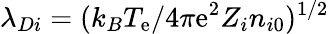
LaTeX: \lambda_{Di}=(k_{B}T_{\mathrm{e}}/4\pi\mathrm{e}^{2}Z_{i}n_{i0})^{1/2}